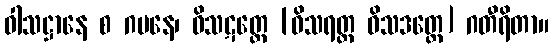
ဝါသဋ္ဌာနေ စ ဂမနေ၊ ဝိသဋတ္တေ [ဝိသရတ္တ ဝိသဒတ္တေ] ဂတီရိတာ။